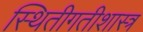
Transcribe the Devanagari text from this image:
स्थितीगतीशास्त्र